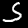
Digit: 5